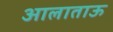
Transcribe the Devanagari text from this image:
आलाताऊ